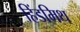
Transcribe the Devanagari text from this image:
हिंडमिथ